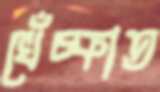
খেঁচ্‌কাত